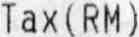
TAX (RM)